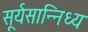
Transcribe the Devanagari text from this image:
सूर्यसान्निध्य